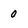
Character: 0